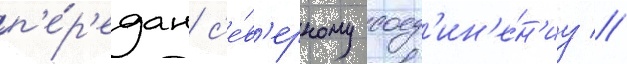
п'е́р'едан с'е́в'ерному соед'ин'е́н'иу //